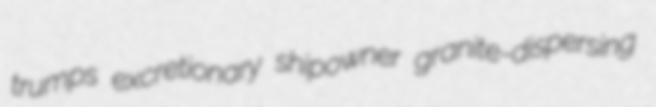
trumps excretionary shipowner granite-dispersing